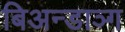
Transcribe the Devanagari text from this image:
बिअन्डाञ्ग